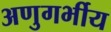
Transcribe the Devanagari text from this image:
अणुगर्भीय